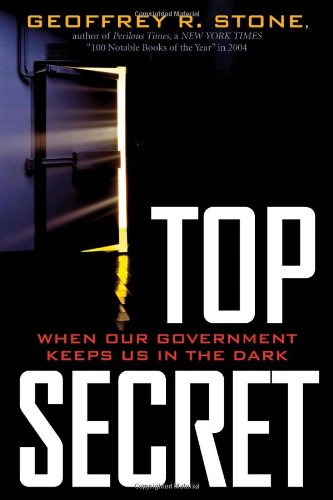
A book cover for Top Secret: When Our Government Keeps Us in the Dark; Geoffrey R. Stone; Law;